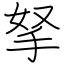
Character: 拏